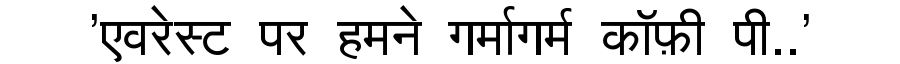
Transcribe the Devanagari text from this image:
'एवरेस्ट पर हमने गर्मागर्म कॉफ़ी पी..'